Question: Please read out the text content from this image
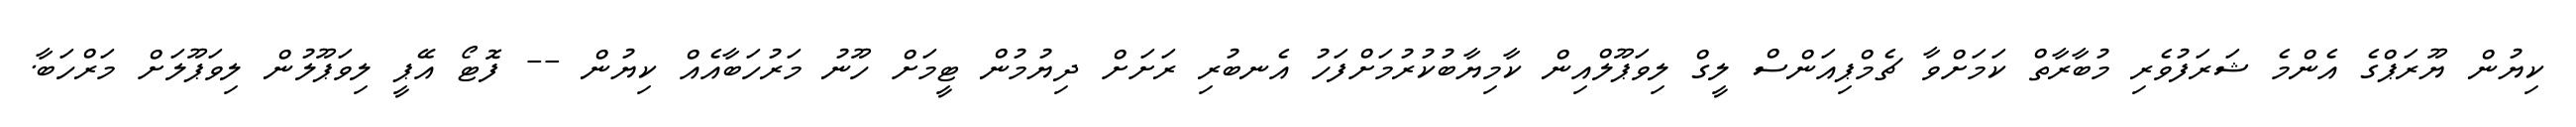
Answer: ކިޔުން ޔޫރަޕްގެ އެންމެ ޝަރަފުވެރި މުބާރާތް ކަމަށްވާ ޗެމްޕިއަންސް ލީގް ލިވަޕޫލްއިން ކާމިޔާބުކުރުމަށްފަހު އެނބުރި ރަށަށް ދިޔުމުން ޓީމަށް ހޫނު މަރުހަބާއެއް ކިޔުން -- ފޮޓޯ އޭޕީ ލިވަޕޫލުން ލިވަޕޫލަށް މަރްހަބާ.